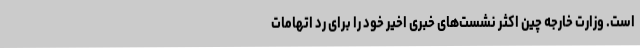
است. وزارت خارجه چین اکثر نشست‌های خبری اخیر خود را برای رد اتهامات